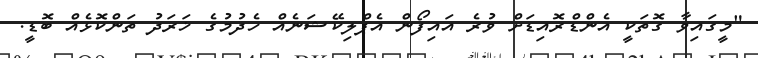
"މީގައިވާ ގޮތަކީ އެންޑްރޮއިޑަށް ވުރެ އައިފޯން އެޕްލިކޭޝަނެއް ހެދުމުގެ ޚަރަދު ތަންކޮޅެއް ބޮޑީ.